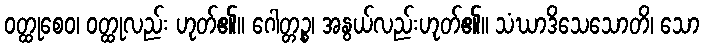
ဝတ္ထုစေဝ၊ ဝတ္ထုလည်း ဟုတ်၏။ ဂေါတ္တဉ္စ၊ အနွယ်လည်းဟုတ်၏။ သံဃာဒိသေသောတိ၊ သော